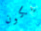
يكون